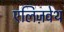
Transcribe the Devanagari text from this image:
एलिज़वेथ